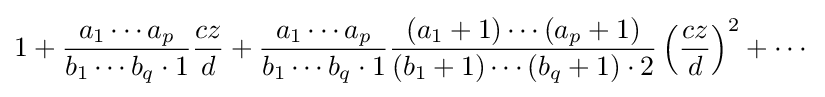
1+{\frac {a_{1}\cdots a_{p}}{b_{1}\cdots b_{q}\cdot 1}}{\frac {cz}{d}}+{\frac {a_{1}\cdots a_{p}}{b_{1}\cdots b_{q}\cdot 1}}{\frac {(a_{1}+1)\cdots (a_{p}+1)}{(b_{1}+1)\cdots (b_{q}+1)\cdot 2}}\left({\frac {cz}{d}}\right)^{2}+\cdots